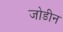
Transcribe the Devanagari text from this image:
जोडीन